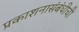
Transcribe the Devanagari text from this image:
प्रकाशनासंबंधीची